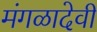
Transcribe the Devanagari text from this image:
मंगळादेवी